Scottish Leaving Certificate Examination, 1960
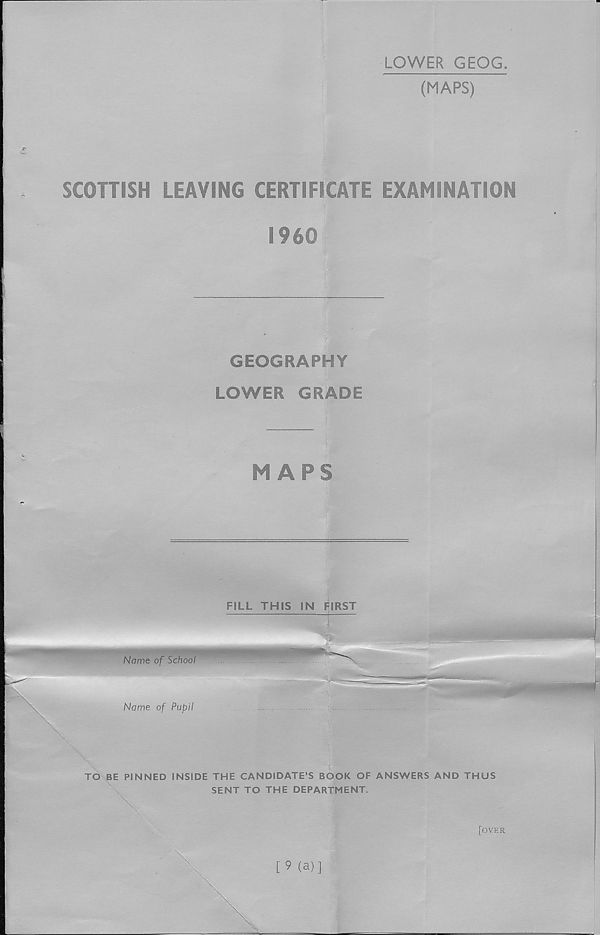
LOWER GEOG
(MAPS)
SCOHISH LEAVING CERTIFICATE EXAMINATION
I960
GEOGRAPHY
LOWER GRADE
MAPS
FILL THIS IN FIRST
Name of School
Name of Pupil
TO BE PINNED INSIDE THE CANDIDATE’S BOOK OF ANSWERS AND THUS
SENT TO THE DEPARTMENT.
[over
[9 (a)]